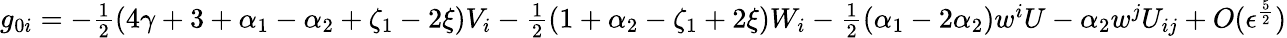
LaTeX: g_{0i}=-\textstyle{\frac{1}{2}}(4\gamma+3+\alpha_{1}-\alpha_{2}+\zeta_{1}-2\xi)V_{i}-\textstyle{\frac{1}{2}}(1+\alpha_{2}-\zeta_{1}+2\xi)W_{i}-\textstyle{\frac{1}{2}}(\alpha_{1}-2\alpha_{2})w^{i}U-\alpha_{2}w^{j}U_{ij}+O(\epsilon^{\frac{5}{2}})